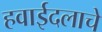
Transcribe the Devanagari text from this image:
हवाईदलाचे